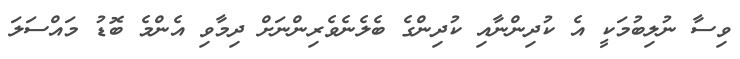
ވިސާ ނުލިބުމަކީ އެ ކުދިންނާއި ކުދިންގެ ބެލެނެވެރިންނަށް ދިމާވި އެންމެ ބޮޑު މައްސަލަ